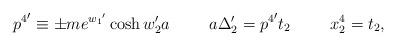
LaTeX: \begin{align*}{p^{4}}^{\prime} \equiv \pm m e^{{w_{1}}^{\prime}} \cosh w_{2}^{\prime} a \hspace{1cm} a \Delta_{2}^{\prime} = {p^{4}}^{\prime} t_{2} \hspace{1cm} x_{2}^{4} = t_{2},\end{align*}